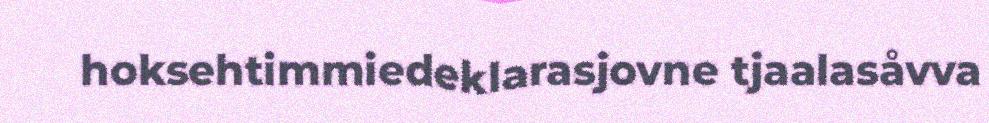
hoksehtimmiedeklarasjovne tjaalasåvva